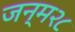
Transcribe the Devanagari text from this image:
जन्म२८